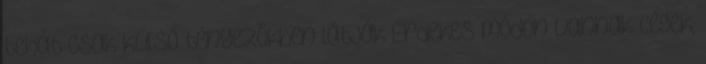
tehát csak külső tényezőkben látják Érdekes módon vannak cégek,